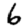
Digit: 6